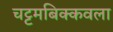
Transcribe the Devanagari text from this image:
चट्टमबिक्कवला